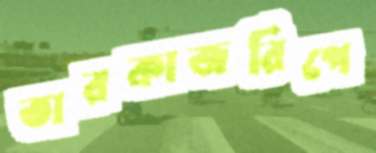
তারকাজরিপে